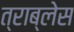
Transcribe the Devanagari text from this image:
त्राब्लेस